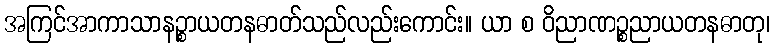
အကြင်အာကာသာနဉ္စာယတနဓာတ်သည်လည်းကောင်း။ ယာ စ ဝိညာဏဉ္စညာယတနဓာတု၊